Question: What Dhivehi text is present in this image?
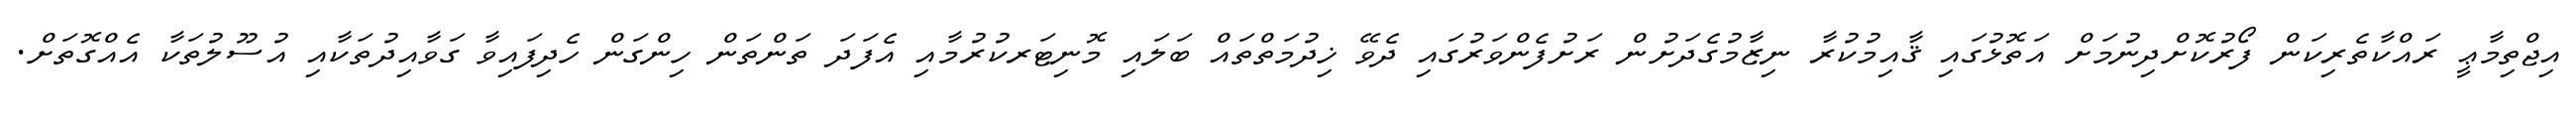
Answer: އިޖްތިމާޢީ ރައްކާތެރިކަން ފޯރުކޮށްދިނުމަށް އަތޮޅުގައި ޤާއިމުކުރާ ނިޒާމުގެދަށުން ރަށުފެންވަރުގައި ދެވޭ ޚިދުމަތްތައް ބަލައި މޮނިޓަރކުރުމާއި އެފަދަ ތަންތަން ހިންގަން ހެދިފައިވާ ގަވާއިދުތަކާއި އުސޫލުތަކާ އެއްގޮތަށް.